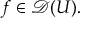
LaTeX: f \in { \mathcal { D } } ( U ) .